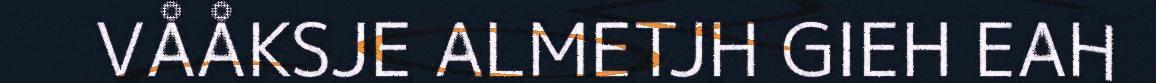
VÅÅKSJE ALMETJH GIEH EAH